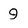
Character: 9